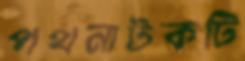
পথনাটকটি